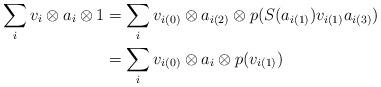
LaTeX: \begin{align*} \sum_iv_i \otimes a_i \otimes 1 &= \sum_i v_{i(0)} \otimes a_{i(2)} \otimes p(S(a_{i(1)}) v_{i(1)} a_{i(3)})\\ & = \sum_i v_{i(0)} \otimes a_{i} \otimes p( v_{i(1)})\end{align*}